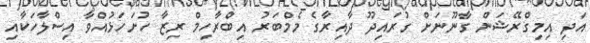
އަދި އިމިގްރޭޝަން ގާނޫނަށް ގުރައިދޫ ދާއިރާގެ މެމްބަރު އިބްރާހިމް ރިޒާ ހުށަހަޅުއްވާ އިސްލާހަކާއި